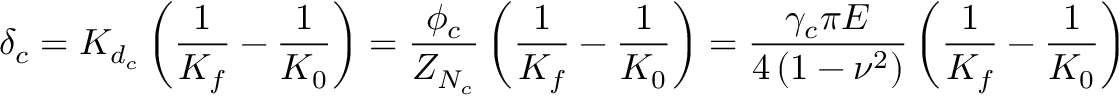
\delta _ { c } = K _ { d _ { c } } \left( \frac { 1 } { K _ { f } } - \frac { 1 } { K _ { 0 } } \right) = \frac { \phi _ { c } } { Z _ { N _ { c } } } \left( \frac { 1 } { K _ { f } } - \frac { 1 } { K _ { 0 } } \right) = \frac { \gamma _ { c } \pi E } { 4 \left( 1 - \nu ^ { 2 } \right) } \left( \frac { 1 } { K _ { f } } - \frac { 1 } { K _ { 0 } } \right)